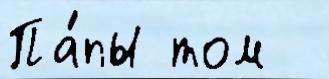
Па́пы том